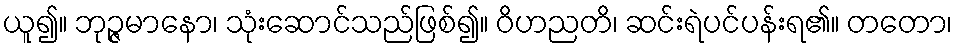
ယူ၍။ ဘုဉ္ဇမာနော၊ သုံးဆောင်သည်ဖြစ်၍။ ဝိဟညတိ၊ ဆင်းရဲပင်ပန်းရ၏။ တတော၊